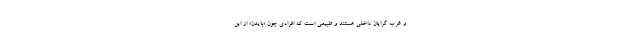
و غرب گرایان داخلی هستند و طبیعی است که افرادی چون «بایدن» از این